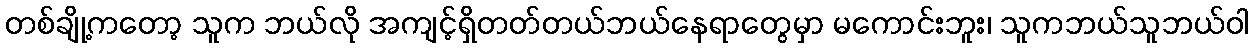
တစ်ချို့ကတော့ သူက ဘယ်လို အကျင့်ရှိတတ်တယ်ဘယ်နေရာတွေမှာ မကောင်းဘူး၊ သူကဘယ်သူဘယ်ဝါ